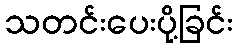
သတင်းပေးပို့ခြင်း